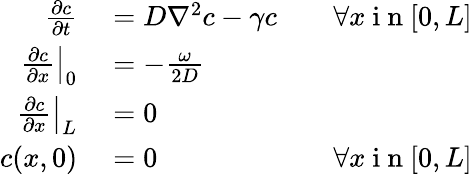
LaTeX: \begin{array}{rlr}{\frac{\partial c}{\partial t}}&{{}=D\nabla^{2}c-\gamma c}&{\quad\forall x\mathrm{~i~n~}[0,L]}\\ {\left.\frac{\partial c}{\partial x}\right|_{0}}&{{}=-\frac{\omega}{2D}}\\ {\left.\frac{\partial c}{\partial x}\right|_{L}}&{{}=0}\\ {c(x,0)}&{{}=0}&{\forall x\mathrm{~i~n~}[0,L]}\end{array}